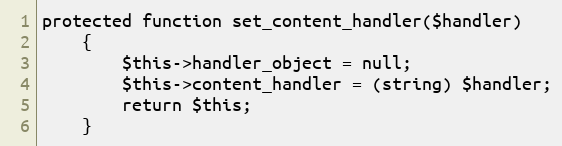
Language: PHP
protected function set_content_handler($handler)
	{
		$this->handler_object = null;
		$this->content_handler = (string) $handler;
		return $this;
	}